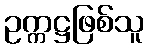
ဥက္ကဋ္ဌဖြစ်သူ